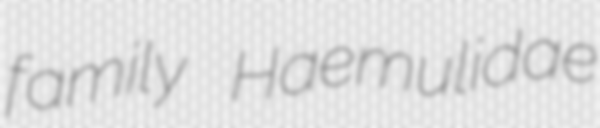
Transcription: family Haemulidae